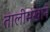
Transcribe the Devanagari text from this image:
तालीमखाने